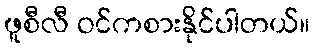
ဖူစီလီ ဝင်ကစားနိုင်ပါတယ်။